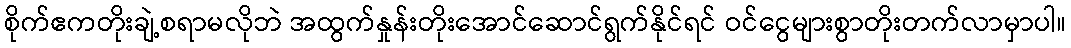
စိုက်ဧကတိုးချဲ့စရာမလိုဘဲ အထွက်နှုန်းတိုးအောင်ဆောင်ရွက်နိုင်ရင် ဝင်ငွေများစွာတိုးတက်လာမှာပါ။